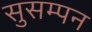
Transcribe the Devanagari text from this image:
सुसम्पन